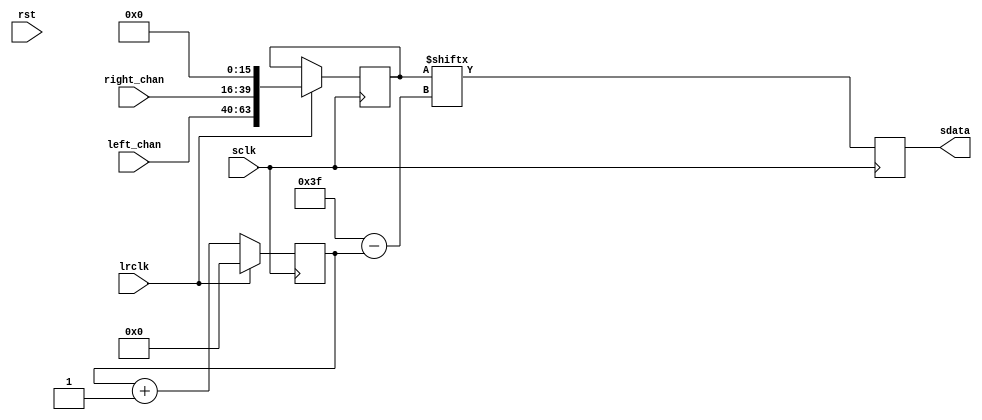

module i2s_tx #(
	parameter BITSIZE	= 24
)(
	input			sclk,
	input			rst,
	input			lrclk,
	output reg		sdata,
	input [BITSIZE-1:0]	left_chan,
	input [BITSIZE-1:0]	right_chan
);

parameter BUFFER_SIZE = 64;

reg [BUFFER_SIZE-1:0] buffer;
reg [6:0] counter;
always @(posedge sclk) begin
	if (lrclk) begin
		buffer <= {left_chan, right_chan, {BUFFER_SIZE-(2*BITSIZE){1'b0}}};
		counter = 0;
	end else begin
		counter <= counter + 1;
	end
end

always @(negedge sclk) begin
	sdata <= buffer[BUFFER_SIZE-1-counter];
end

endmodule